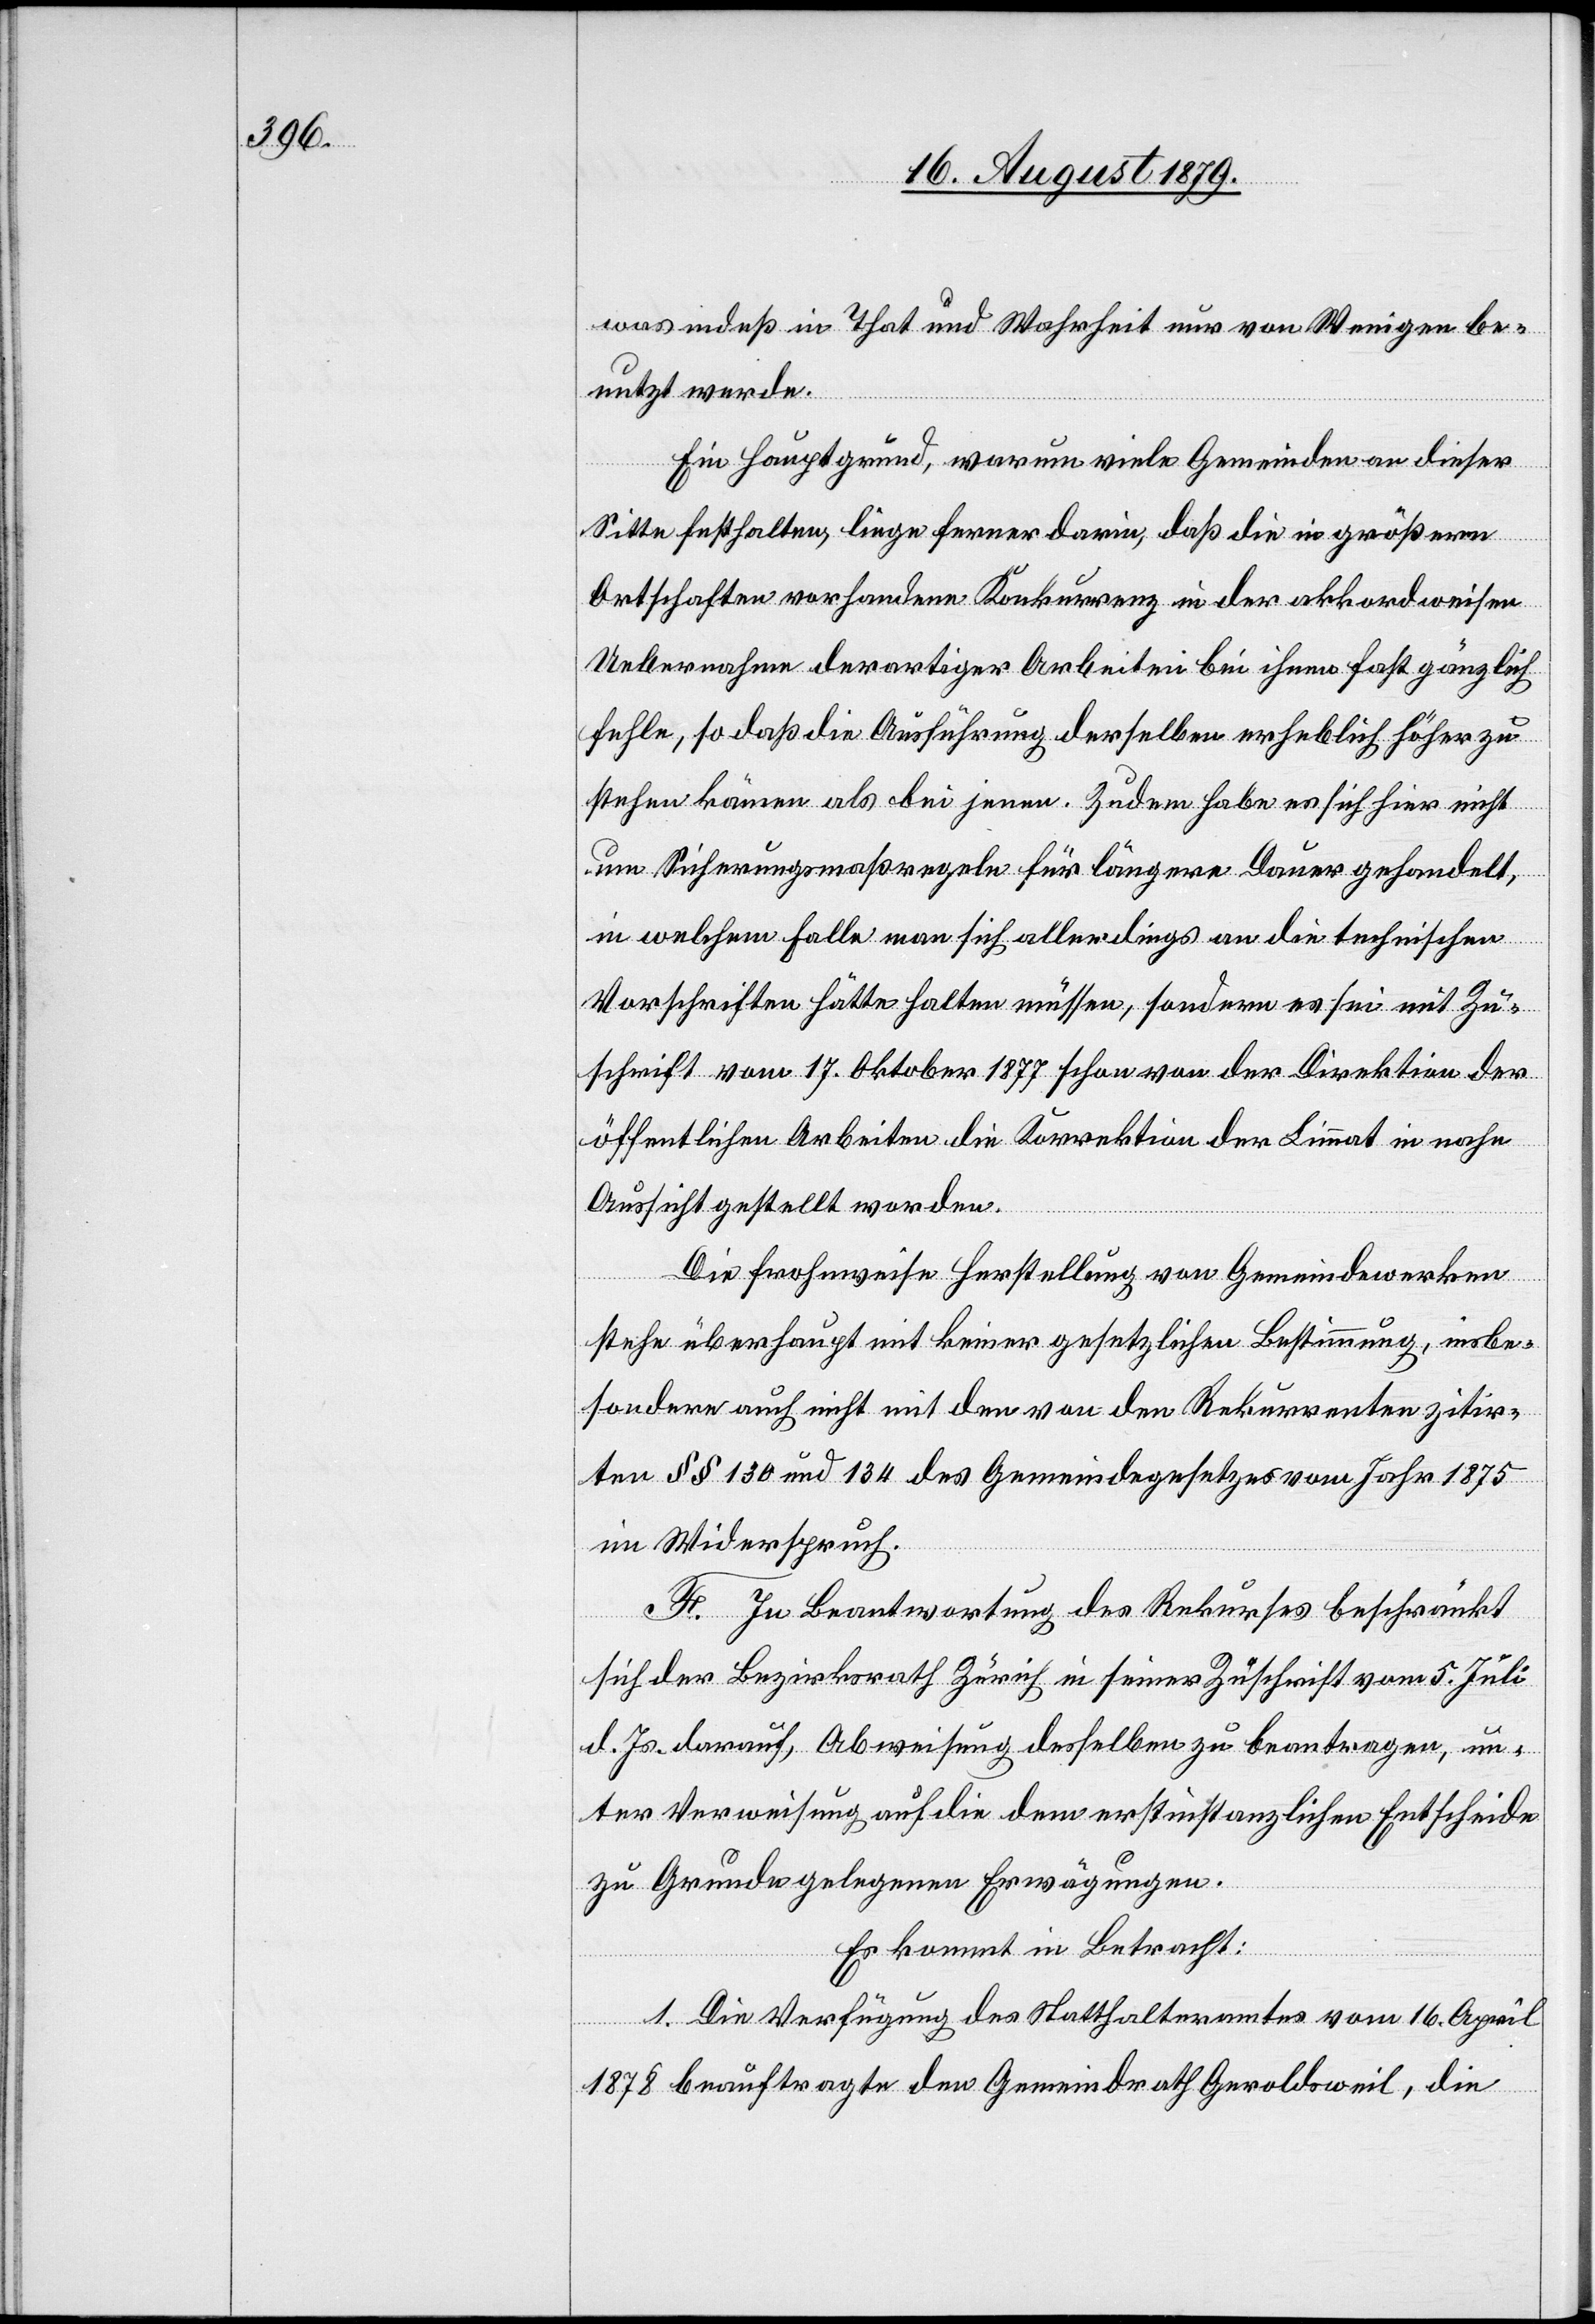
was indeß in That und Wahrheit nur von Wenigen be¬
nutzt werde.
Ein Hauptgrund, warum viele Gemeinden an dieser
Sitte festhalten, liege ferner darin, daß die in größeren
Ortschaften vorhandene Konkurrenz in der akkordweisen
Uebernahme derartiger Arbeiten bei ihnen fast gänzlich
fehlen, so daß die Ausführung derselben erheblich höher zu
stehen käme als bei jenen. Zudem habe es sich hier nicht
um Sicherungsmaßregeln für längere Dauer gehandelt,
in welchem Falle man sich allerdings an die technischen
Vorschriften hätte halten müssen, sondern es sei mit Zu¬
schrift vom 17. Oktober 1877 schon von der Direktion der
öffentlichen Arbeiten die Korrektion der Limmat in nahe
Aussicht gestellt worden.
Die frohnweise Herstellung von Gemeindewerken
stehe überhaupt mit keiner gesetzlicher Bestimmung, insbe¬
sondere auch nicht mit den von den Rekurrenten zitir¬
ten §§ 130 und 134 des Gemeindegesetzes vom Jahr 1875
im Widerspruch.
F. In Beantwortung des Rekurses beschränkt
sich der Bezirksrath Zürich in seiner Zuschrift vom 5. Juli
d. Js. darauf, Abweisung desselben zu beantragen, un¬
ter Verweisung auf die dem erstinstanzlichen Entscheide
zu Grunde gelegenen Erwägungen.
Es kommt in Betracht:
1. Die Verfügung des Statthalteramtes vom 16. April
1878 beauftragte der Gemeindrath Geroldsweil, die